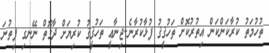
ތުހުމަތު ކުރާކަންކަން އިތުރުކޮށް ތަހުޤީޤު ފުޅާކުރާނެ..ޖިނާޢީ ތަހުޤީޤު ކުރިޔަށް ދާގޮތް ނޭނގި ފިތުނަ